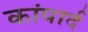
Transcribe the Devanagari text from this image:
कांपार्द